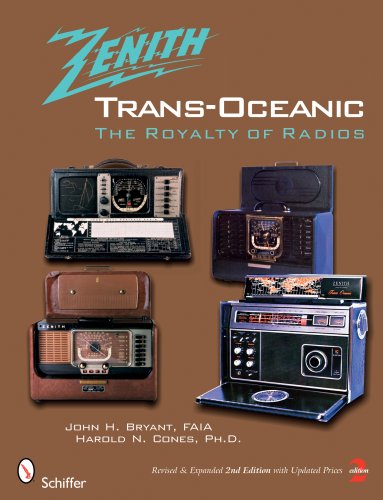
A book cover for Zenith Trans-Oceanic: The Royalty of Radios; John H. Bryant; Crafts, Hobbies & Home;